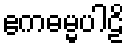
ဧကဓမ္မပါဠိ